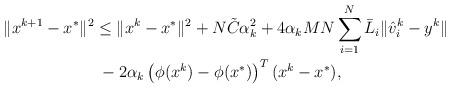
LaTeX: \begin{align*}\|x^{k+1}-x^*\|^2 & \leq \|x^k-x^*\|^2 + N\tilde C\alpha_k^2+4\alpha_kMN\sum_{i=1}^N \bar L_i \|\hat v_i^k - y^k\| \cr &\;- 2 \alpha_k \left(\phi(x^k) - \phi(x^*)\right)^T(x^k-x^*),\end{align*}